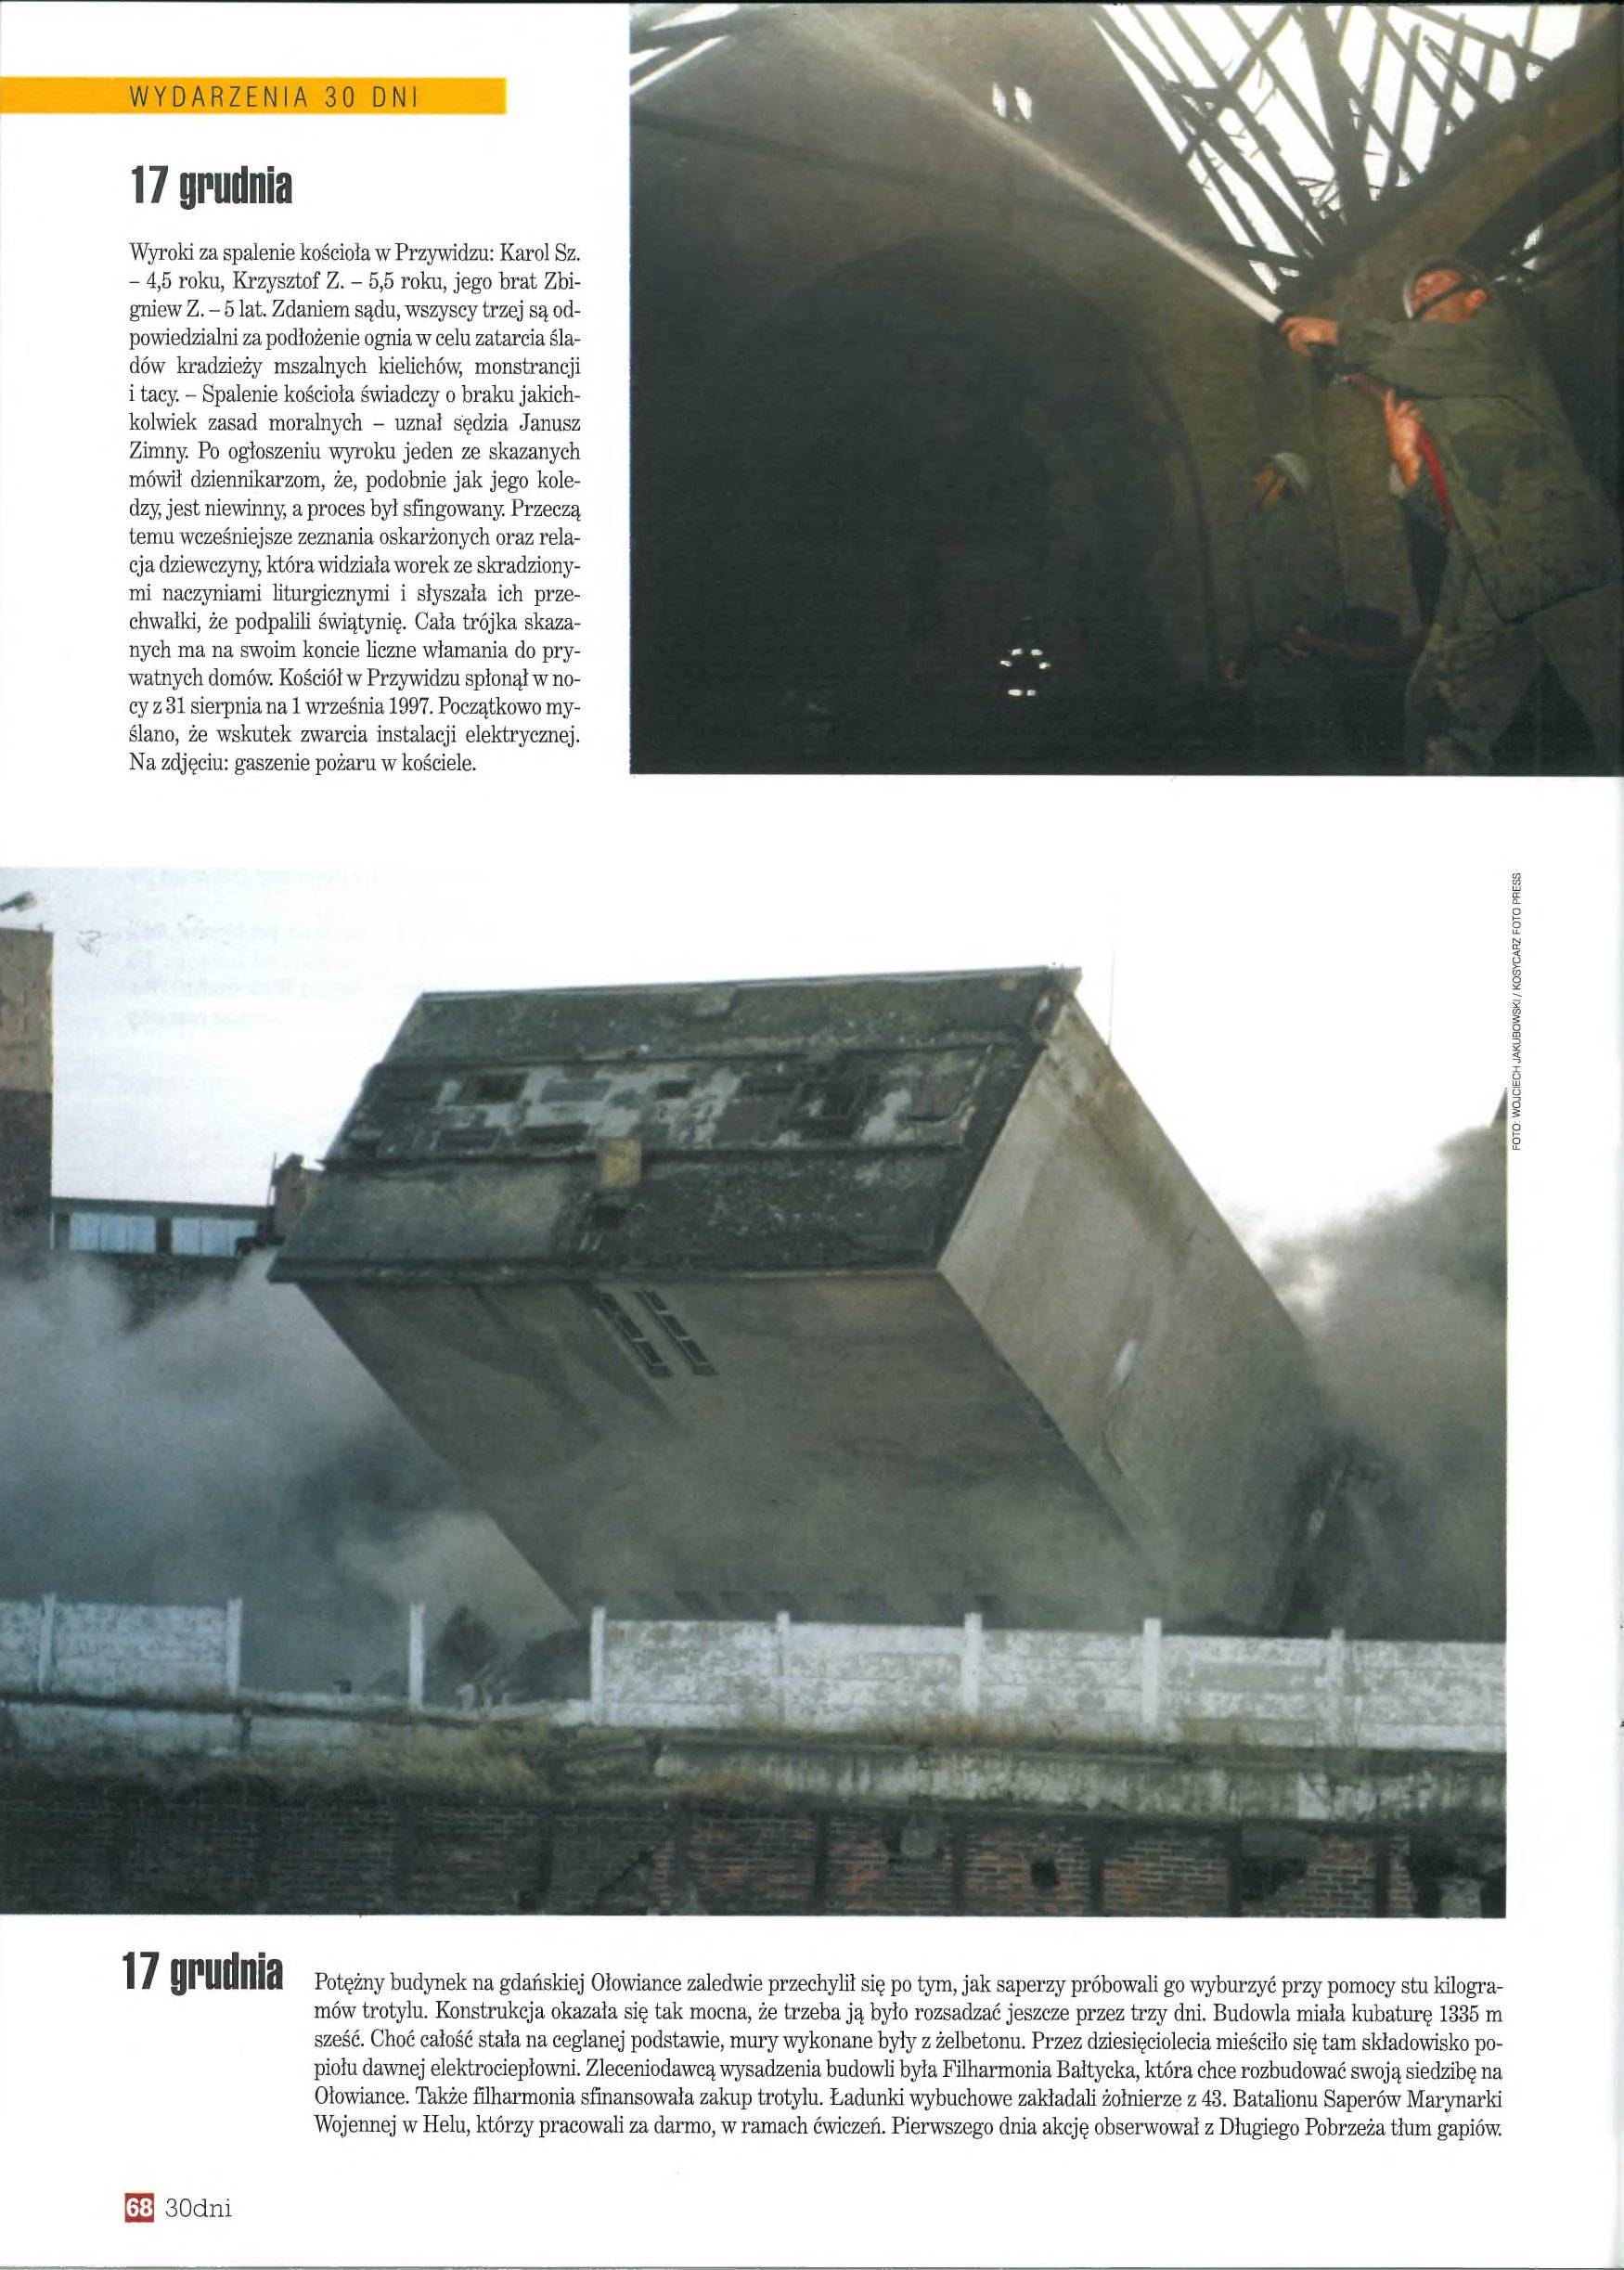
Language: pl